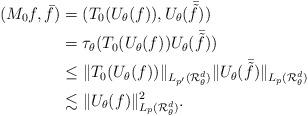
LaTeX: \begin{align*} (M_0f,\bar{f})&=(T_0(U_\theta(f)),U_\theta(\bar{\tilde{f}}))\\ & =\tau_\theta(T_0(U_\theta(f))U_\theta(\bar{\tilde{f}})) \\ &\leq \|T_0(U_\theta(f))\|_{L_{p^\prime}(\mathcal{R}_\theta^d)}\|U_\theta(\bar{\tilde{f}})\|_{L_{p}(\mathcal{R}_\theta^d)}\\ &\lesssim \|U_\theta(f)\|_{L_{p}(\mathcal{R}_\theta^d)}^2. \end{align*}